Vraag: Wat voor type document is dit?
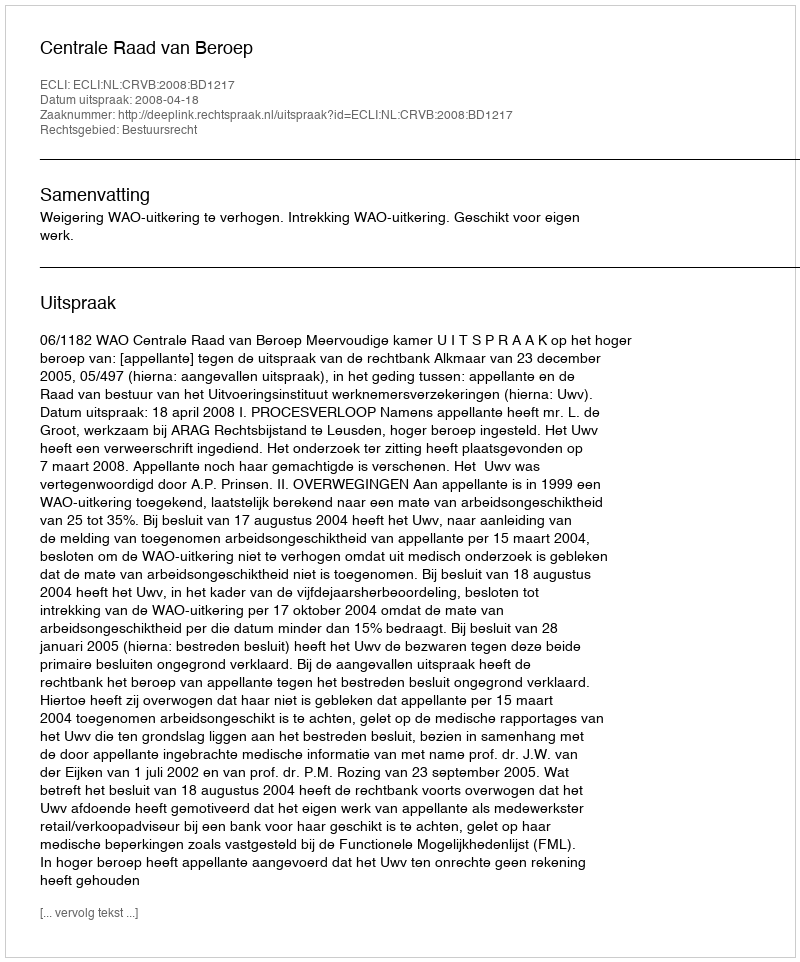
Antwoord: Uitspraak